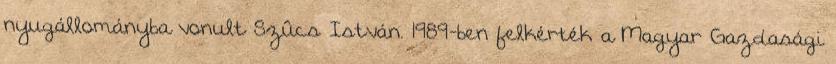
nyugállományba vonult Szûcs István. 1989-ben felkérték a Magyar Gazdasági